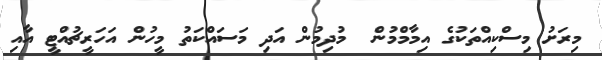
މިރަށު މިސްކިއްތަކުގެ އިމާމްމުން  މުދިމުން އަދި މަސައްކަތު މީހުން އަހަރީޗުއްޓީ އާއި